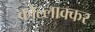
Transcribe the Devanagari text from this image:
कोल्लाक्कर